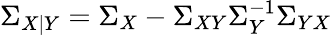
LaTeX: \Sigma_{X|Y}=\Sigma_{X}-\Sigma_{XY}\Sigma_{Y}^{-1}\Sigma_{YX}